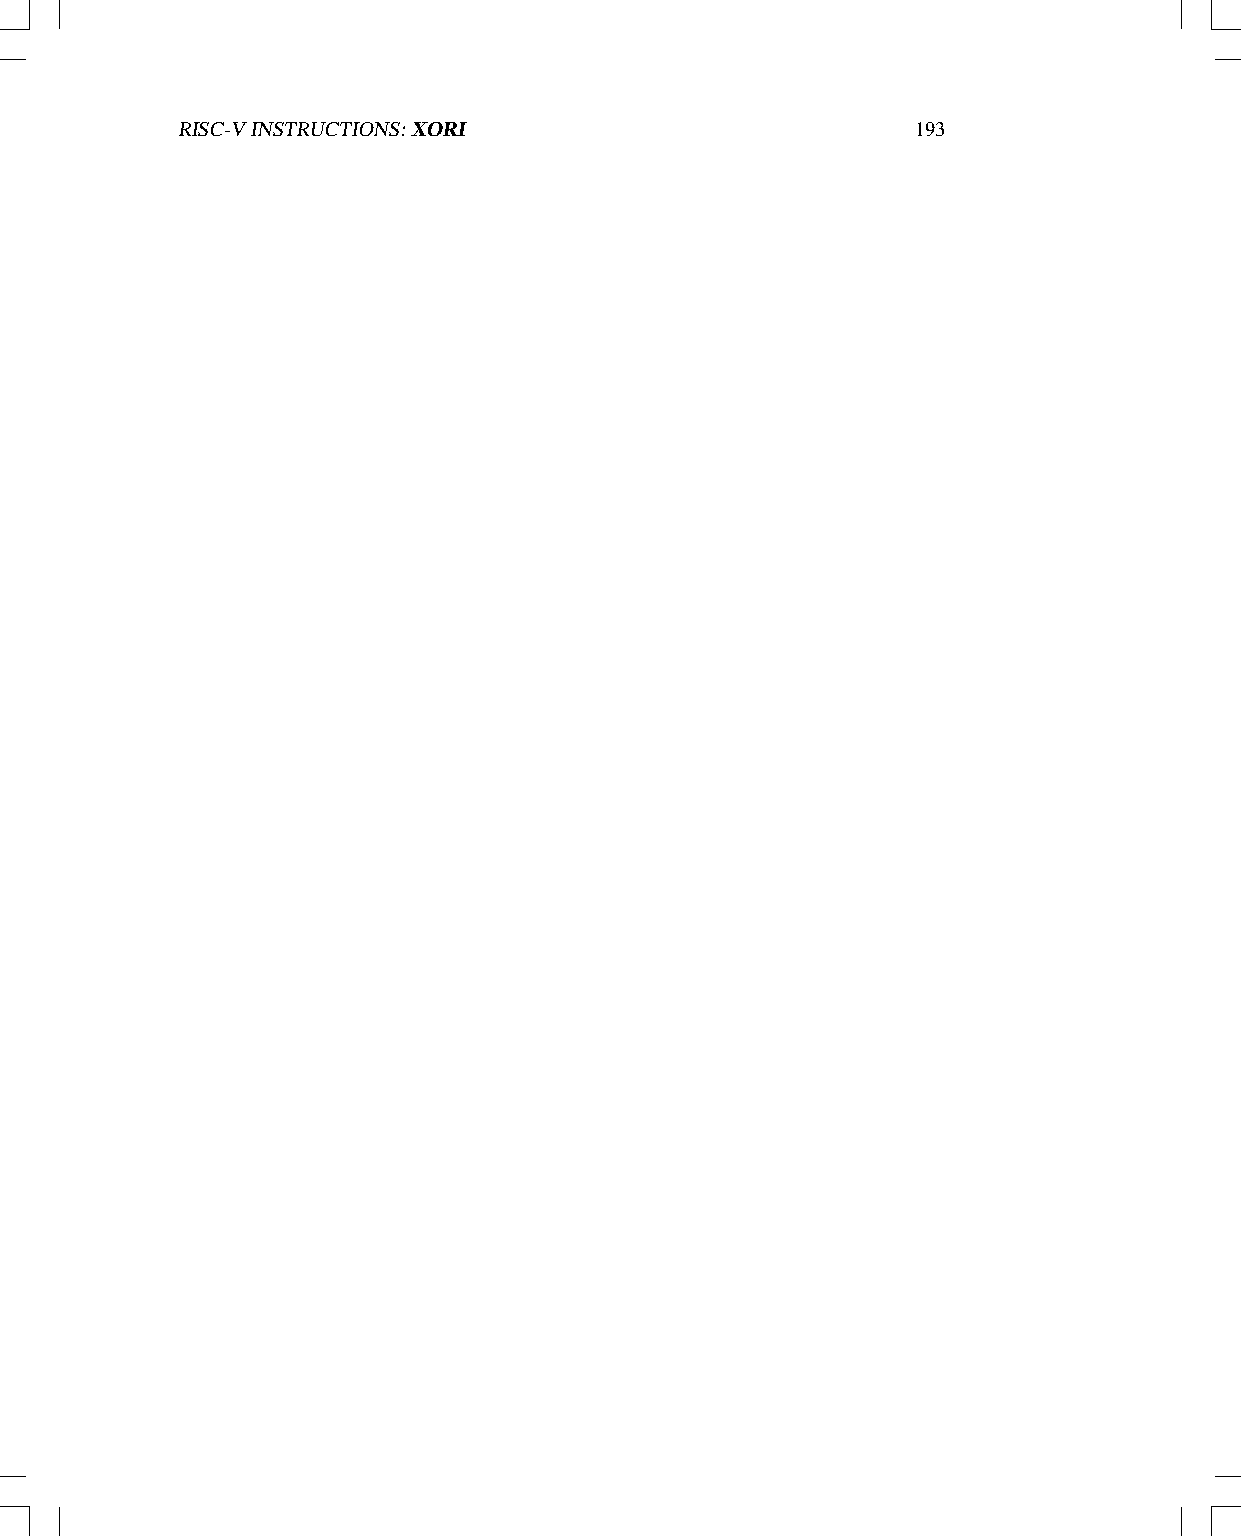
RISC-VINSTRUCTIONS:XORI                          193